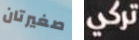
صغيرتان تركي